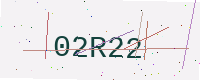
Text: 02R22